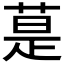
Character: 𦳚